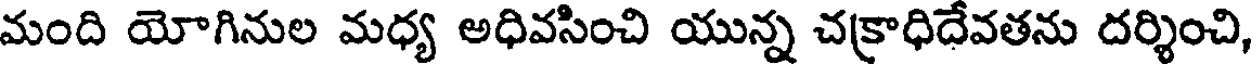
మంది యోగినుల మధ్య అధివసించి యున్న చక్రాధిదేవతను దర్శించి,